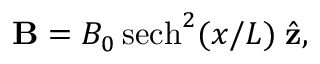
{ \bf B } = B _ { 0 } \, \mathrm { s e c h } ^ { 2 } ( x / L ) \; { \hat { \bf z } } ,